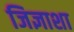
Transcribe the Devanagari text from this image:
जिज्ञाशा